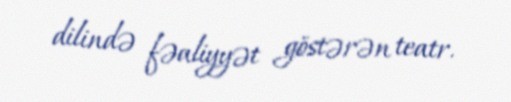
dilində fəaliyyət göstərən teatr.